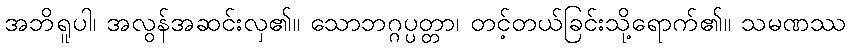
အဘိရူပါ၊ အလွန်အဆင်းလှ၏။ သောဘဂ္ဂပ္ပတ္တာ၊ တင့်တယ်ခြင်းသို့ရောက်၏။ သမဏဿ